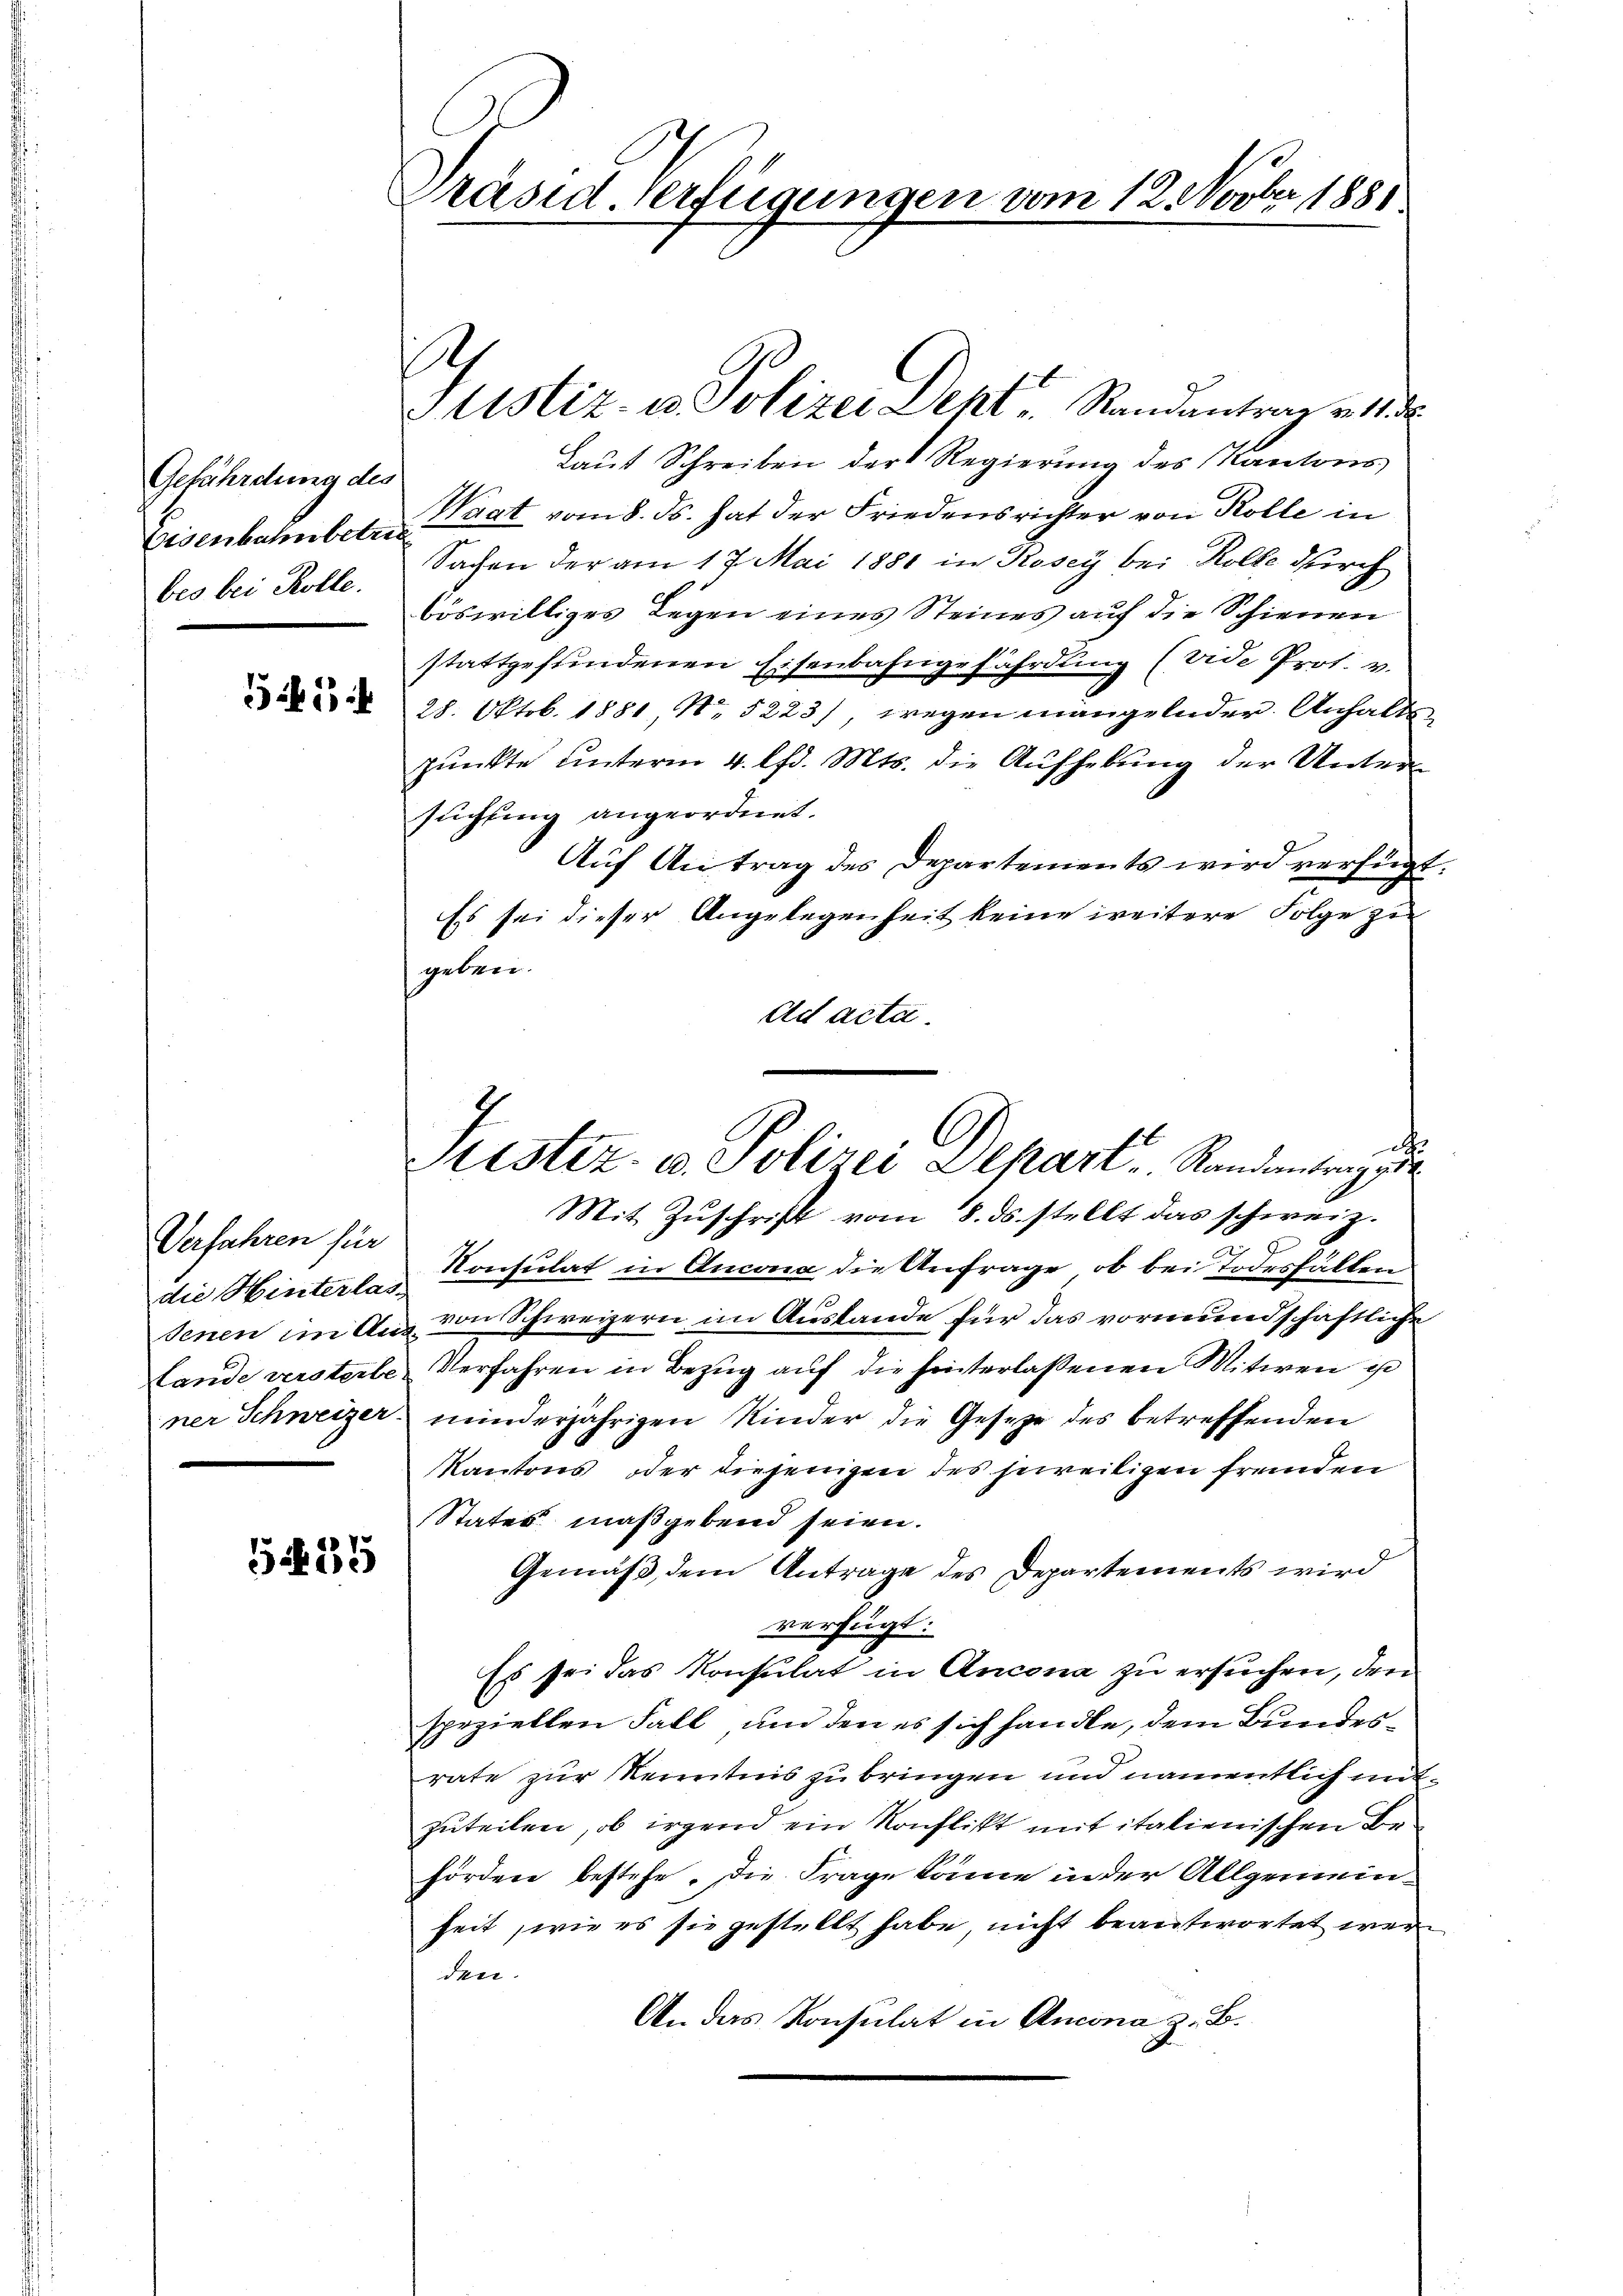
Gefährdung des
Eisenbahnbetre
beo bei Kolle.

55 i

Verfahren für
die Hinterlasjenen in Aus
Lande versterbe.
ner Schweizer

39

Präsid Verfügungen vom 12. Novber 1881.

s

Sistiz- u. Polizei Depart. Standentrag ge

Justiz- u. Polizei Deht. Randantrag v. 11 d
Laut Schreiben der Regierung des Kantons
Waat vom 8. ds. hat der Friedensrichter von Rolle in
Sachen der am 17. Mai 1881 in Kosey bei Kolle durch
böswilliges Legen eines Steines auf die Schienen
stattgefundenen Eisenbahngefährdung (vide Prot. v.
28. Oktob. 1881 No 5223), wegen mangelnder Anhaltspunkte unterm 4. lfd. Mts. die Aufhebung der Untersuchung angeordnet.
Aŭf Antrag des Departements wird verfügt.
Es sei dieser Angelegenheit keine weitere Folge zu
geben.
Ad acta
t
Mit Zŭschrift vom 8. ds. stellt das schweiz.
Konsulat in Ancona die Anfrage, ob bei Todesfällen
von Schweizern im Austande für das vormundschaftliche
Verfahren in Bezug auf die hinterlassenen Mitwen u
minderjährigen Kinder die Gesetze des betreffenden
Kantons, oder diejenigen des jeweiligen fremden
Status maßgebend seien.
Gemäß, dem Antrage des Departements wird
verfügt:
Es sei das Konsulat in Ancona zu ersuchen, den
speziellen Fall, und den es sich handle, dem Bundesrate zur Kenntnis zu bringen und namentlich mitzuteilen, ob irgend ein Konflikt mit italienischen Behörden bestehe, die Frage könne in der Allgemeinheit, wie es sie gestellt habe nicht beantwortet werden.
An das Konsulat in Ancona z. B.